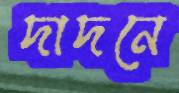
দাদনে